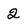
Character: 2